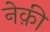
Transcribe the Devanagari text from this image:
नेक़ी